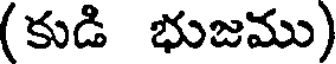
(కుడి భుజము)